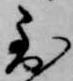
到